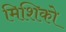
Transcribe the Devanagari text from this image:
मिशिको